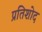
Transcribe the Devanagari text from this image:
प्रतिशोद